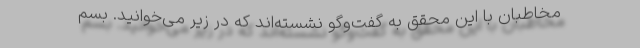
مخاطبان با این محقق به گفت‌وگو نشسته‌اند که در زیر می‌خوانید. بسم